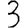
Digit: 3